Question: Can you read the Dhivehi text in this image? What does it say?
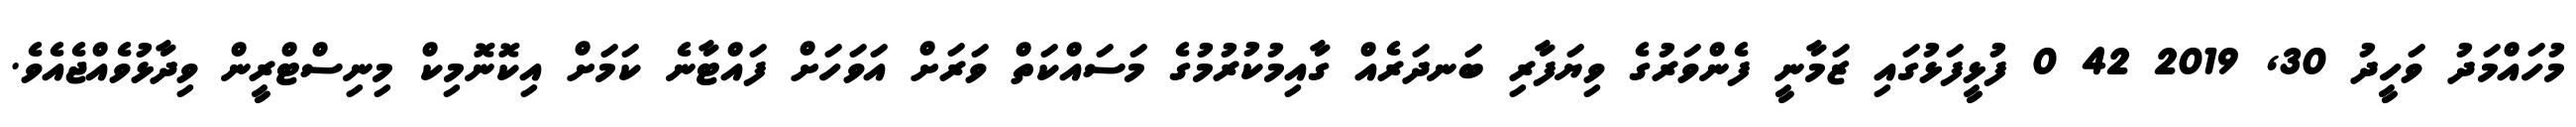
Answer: މުހައްމަދު ވަހީދު 30, 2019 42 0 ފުޅީފަޅުގައި ޒަމާނީ ފެންވަރުގެ ވިޔަފާރި ބަނދަރެއް ގާއިމުކުރުމުގެ މަސައްކަތް ވަރަށް އަވަހަށް ފައްޓާނެ ކަމަށް އިކޮނޮމިކް މިނިސްޓްރީން ވިދާޅުވެއްޖެއެވެ.